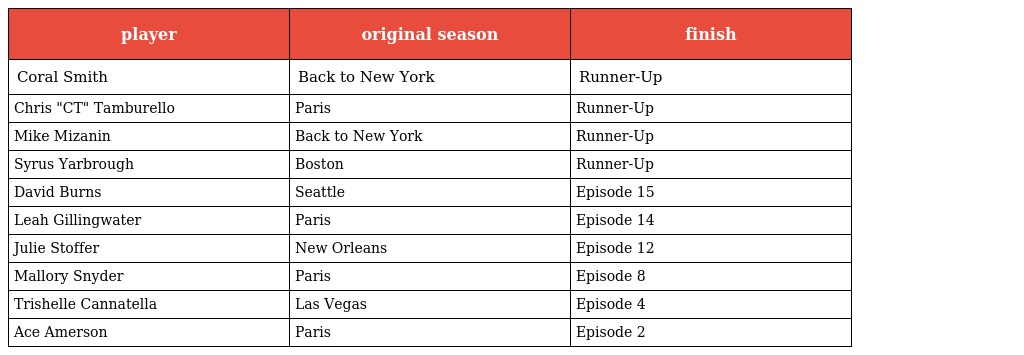
| player | original season | finish |
 | --- | --- | --- |
 | Coral Smith | Back to New York | Runner-Up |
 | Chris "CT" Tamburello | Paris | Runner-Up |
 | Mike Mizanin | Back to New York | Runner-Up |
 | Syrus Yarbrough | Boston | Runner-Up |
 | David Burns | Seattle | Episode 15 |
 | Leah Gillingwater | Paris | Episode 14 |
 | Julie Stoffer | New Orleans | Episode 12 |
 | Mallory Snyder | Paris | Episode 8 |
 | Trishelle Cannatella | Las Vegas | Episode 4 |
 | Ace Amerson | Paris | Episode 2 |